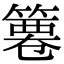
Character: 𥱺